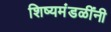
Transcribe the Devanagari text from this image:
शिष्यमंडळींनी